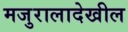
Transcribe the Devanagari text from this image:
मजुरालादेखील